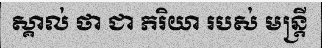
ស្គាល់ ថា ជា ភរិយា របស់ មន្ត្រី